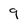
Character: 9